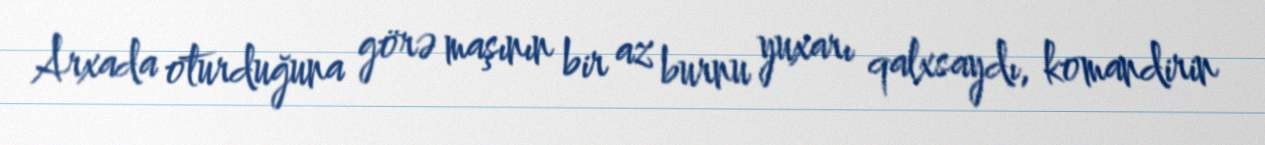
Arxada oturduğuna görə maşının bir az burnu yuxarı qalxsaydı, komandirin